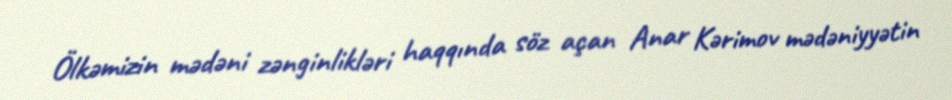
Ölkəmizin mədəni zənginlikləri haqqında söz açan Anar Kərimov mədəniyyətin